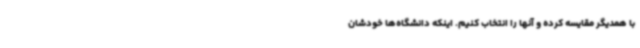
با همدیگر مقایسه کرده و آنها را انتخاب کنیم. اینکه دانشگاه‌ها خودشان